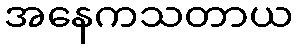
အနေကသတာယ